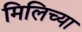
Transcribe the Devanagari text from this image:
मिलिच्या